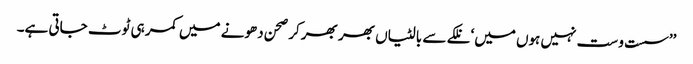
’’سست و ست نہیں ہوں میں‘ نلکے سے بالٹیاں بھر بھر کر صحن دھونے میں کمر ہی ٹوٹ جاتی ہے۔